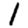
Digit: 1